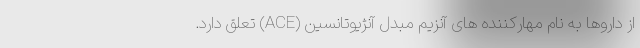
از داروها به نام مهارکننده های آنزیم مبدل آنژیوتانسین (ACE) تعلق دارد.